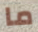
ما